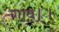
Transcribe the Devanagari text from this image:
गांव।।